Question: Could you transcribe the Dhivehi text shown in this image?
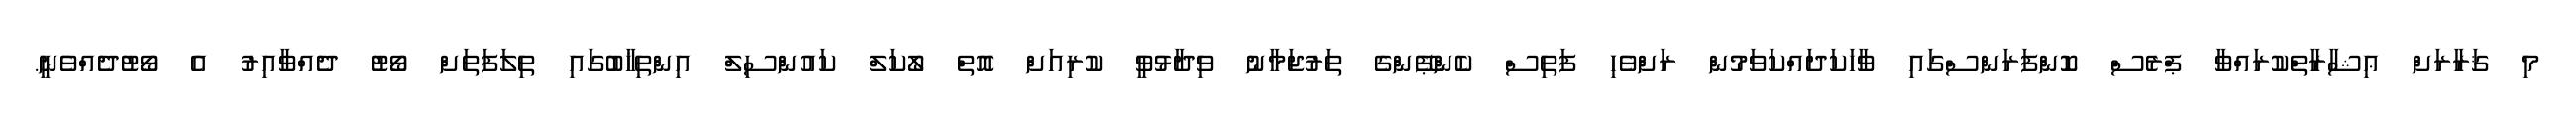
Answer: މި ޤަރާރަށް ޢިޝާރާތްކުރައްވާ ޕްރެސް ކޮންފަރަންސްގައި ވާހަކަދައްކަވަމުން ރަށްވެހި ފަތިސް ކެންޕޭންގެ ތަރުޖަމާނު ވިދާޅުވީ ކުރިއަށް އޮތް ލޯކަލް ކައުންސިލް އިންތިޚާބުގައި ތިލަފަތަށް ވޯޓު ދެއްވާއިރު އެ ވޯޓުދެއްވެނީ.